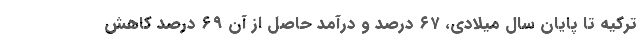
ترکیه تا پایان سال میلادی، ۶۷ درصد و درآمد حاصل از آن ۶۹ درصد کاهش